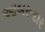
આબરૂદાર